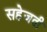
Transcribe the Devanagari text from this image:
सहेजती